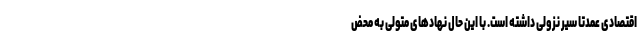
اقتصادی عمدتا سیر نزولی داشته است. با این حال نهادهای متولی به محض